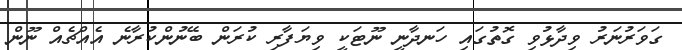
ގަވަރުނަރު ވިދާޅުވި ގޮތުގައި ހަނދާނީ ނޫޓަކީ ވިޔަފާރި ކުރަން ބޭނުންކުރާނެ އެއްޗެއް ނޫން